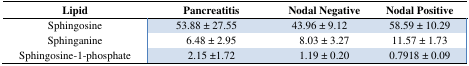
<table><thead><tr><td><b>Lipid</b></td><td><b>Pancreatitis</b></td><td><b>Nodal Negative</b></td><td><b>Nodal Positive</b></td></tr></thead><tbody><tr><td>Sphingosine</td><td>53.88 ± 27.55</td><td>43.96 ± 9.12</td><td>58.59 ± 10.29</td></tr><tr><td>Sphinganine</td><td>6.48 ± 2.95</td><td>8.03 ± 3.27</td><td>11.57 ± 1.73</td></tr><tr><td>Sphingosine-1-phosphate</td><td>2.15 ±1.72</td><td>1.19 ± 0.20</td><td>0.7918 ± 0.09</td></tr></tbody></table>